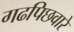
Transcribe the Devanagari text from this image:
गढपिछवारे